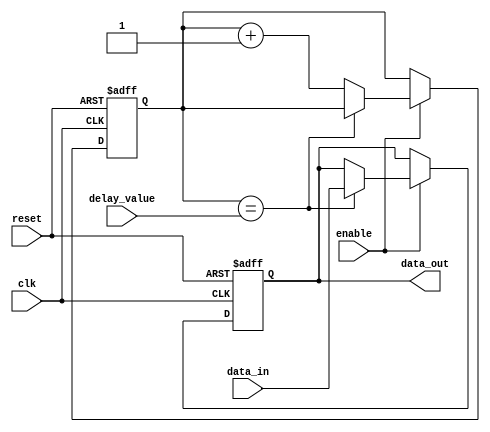
module NAND_Gate_Delay (
    input wire clk,
    input wire reset,
    input wire enable,
    input wire [3:0] delay_value, // Adjust delay value using 4-bit parameter
    input wire data_in,
    output reg data_out
);

reg [3:0] counter; // Counter to control delay

always @ (posedge clk or posedge reset) begin
    if (reset == 1'b1) begin
        counter <= 4'b0000;
        data_out <= 1'b0;
    end else if (enable == 1'b1) begin
        if (counter == delay_value) begin
            data_out <= data_in;
        end else begin
            counter <= counter + 1;
        end
    end
end

endmodule